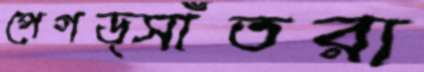
পেগড্সাঁতরা